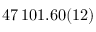
4 7 \, 1 0 1 . 6 0 ( 1 2 )